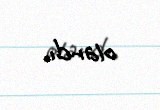
olardı.